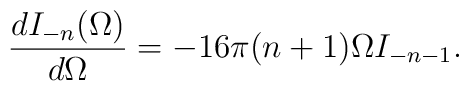
\frac{dI_{-n}(\Omega)}{d\Omega}=-16\pi(n+1)\Omega I_{-n-1}.